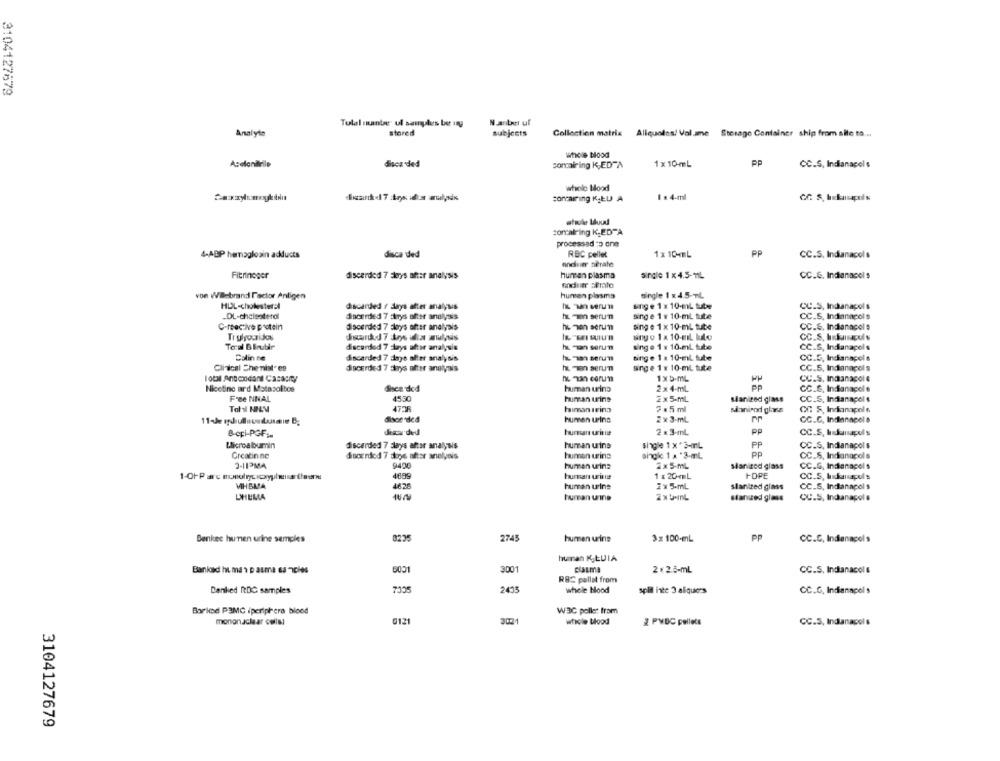
3104127679
Tulal munbe' ul samples be ing
N.antwer uf
Analyte
stored
subjects
Collection matrix Aliquoles/ Vol.ame Storage Container ship from site to ...
whole Mood
discarded
containing K,EDTA
1x10-mL
PP
CC.S. Indianapol s
whole Hood
concarring K ŁU A
1 x 4-ml
concalring K_ED"A
processad ;3 one
PP
4-ABP hemagloain adducts
disca ded
RBC pellet
1 x 10L
CC.S. Indianacol s
andsier serate
Fibrinoger
discarded 7 5leys after analysis
hunsen plasma
single 1 x 4.5-11L
CC.S. Indianacol $
soduer strato
von Wilebrand Factor Antigen
huren plasma
single 1 x 4.5-mL
HDL-cholesteral
unge 1 x 10-ml tube
discarded / days alter analyus
Cc.S, Indianapolis
-DL-cholesterol
Ssoerded 7 strys after analysis
hL- serun
singe 1 x 10-ml tute
CC.S. Indianapolis
C-reactive protein
Jacerde 1 7 days after analysis
ho non serum
sing e 1x 10-mL tube
CC.S. Indianapol #
sing o 1 x 10-miL lule
CC.S. Inascol
Total Birbir
discarded 7 days after analysis
h - serun
sing . 1 x 10.ml tube
CC.S, Indianapolis
Colin ne
discarded 7 days after analysis
Bing e 1 x 10-ml tube
CC.5, Inchanapole
Clinical Chenist. es
discarded 7 days after analysis
Bing e 1 x 10-ml tute
CC.S, Indianapolis
lots Anbodant Casaenty
ho zan corum
1 x5-ML
CC.S. Indanacol e
Nicotine ard Motasoltos
discarded
human urina
2 x 4-mL
CC.S. Indianacol s
Free NNAL
4530
human urine
2 x 5-ML
sianized glass
CC.S. Indanacol s
Total HELM
472F
himan Irina
2 .5 ml
sonicod glass
GG S, Indianapolis
disce 'ded
human urina
2 x 3-mL
CC.C. Indiannpol &
@-epi-PGF :-
deaw ded
human urine
2 x 3-mL
PP
CC.S. Isunapols
Llicroalbumin
discarded 7 days after analysis
human wins
single 1 x * 3-IL
PP
CC.S, Indianapol s
Greatinne
Suoended 7 depe after analysis
human wing
single 1 x '3-mL
PP
CC.S. Indianacol s
3-11PMA
9400
sanized glass
CC.G, Indianacel s
human urina
2x 5-ML
hursan urillet
1 x 20-mL
IHOPE
CC.S, Isaurapols
MIHBMA
4628
human urine
2 x 5.mL
slanized glass
CC.S. Indianapol s
UHELLA
hunsan urine
stanued glass
CU.S. Indianapol #
Benkec huren urine samples
8235
2745
humen urine
3 x 100-mL
PP
CC.C, Indianapolis
human K.LUIA
Bankand human pasma sa -icles
3001
2 x 2.5-mL
CC.S. Indianacol &
RBC pallet from
Danked RDC samples
7125
2435
whole blood
splil inte 3 aliquers
CC.G. Indianacel s
Barkod P3MC iperiphera Blood
W3C poller fram
monon aclear cells!
0121
3021
whole blood
2 PMDC pellets
CC.S, Indianapolis
3104127679